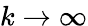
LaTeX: k\xrightarrow{}\infty